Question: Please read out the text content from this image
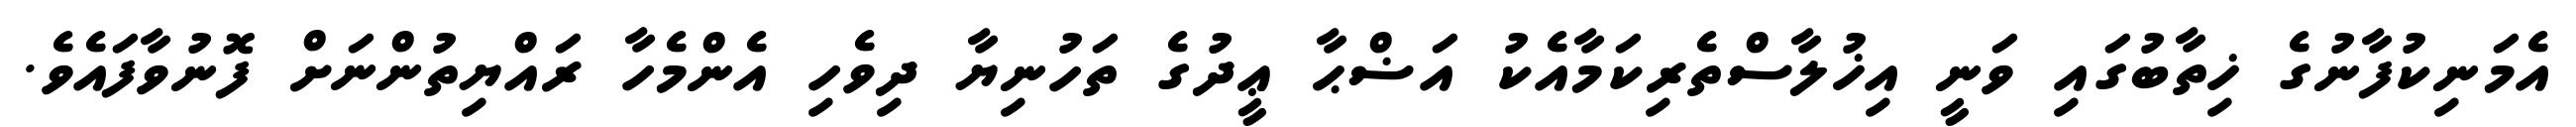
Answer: އެމަނިކުފާނުގެ ޚިތާބުގައި ވަނީ އިޚުލާސްތެރިކަމާއެކު އަޟްޙާ ޢީދުގެ ތަހުނިޔާ ދިވެހި އެންމެހާ ރައްޔިތުންނަށް ފޮނުވާފައެވެ.